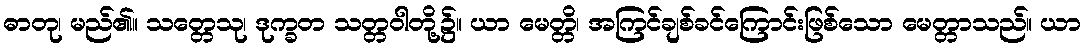
ဓာတု၊ မည်၏။ သတ္တေသု၊ ဒုက္ခတ သတ္တဝါတို့၌။ ယာ မေတ္တိ၊ အကြင်ချစ်ခင်ကြောင်းဖြစ်သော မေတ္တာသည်။ ယာ